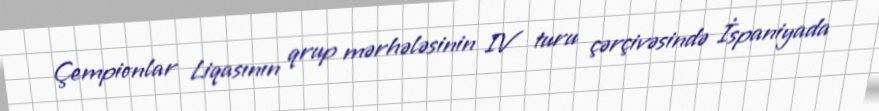
Çempionlar Liqasının qrup mərhələsinin IV turu çərçivəsində İspaniyada